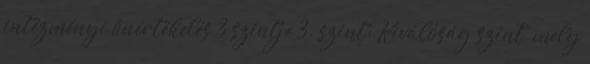
intézményi önértékelés 3 szintje 3. szint: Kiválóság szint, mely